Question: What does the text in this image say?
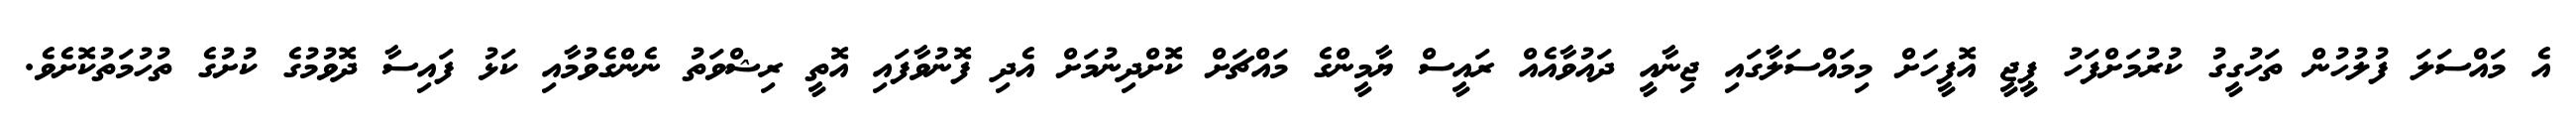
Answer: އެ މައްސަލަ ފުލުހުން ތަހުގީގު ކުރުމަށްފަހު ޕީޖީ އޮފީހަށް މިމައްސަލާގައި ޖިނާއީ ދައުވާއެއް ރައީސް ޔާމީންގެ މައްޗަށް ކޮށްދިނުމަށް އެދި ފޮނުވާފައި އޮތީ ރިޝްވަތު ނެންގެވުމާއި ކަޅު ފައިސާ ދޮވުމުގެ ކުށުގެ ތުހުމަތުކޮށެވެ.